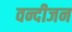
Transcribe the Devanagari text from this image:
वन्दीजन